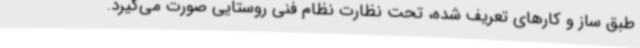
طبق ساز و کارهای تعریف شده، تحت نظارت نظام فنی روستایی صورت می‌گیرد.